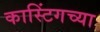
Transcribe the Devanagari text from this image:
कास्टिंगच्या